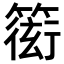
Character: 𥲋